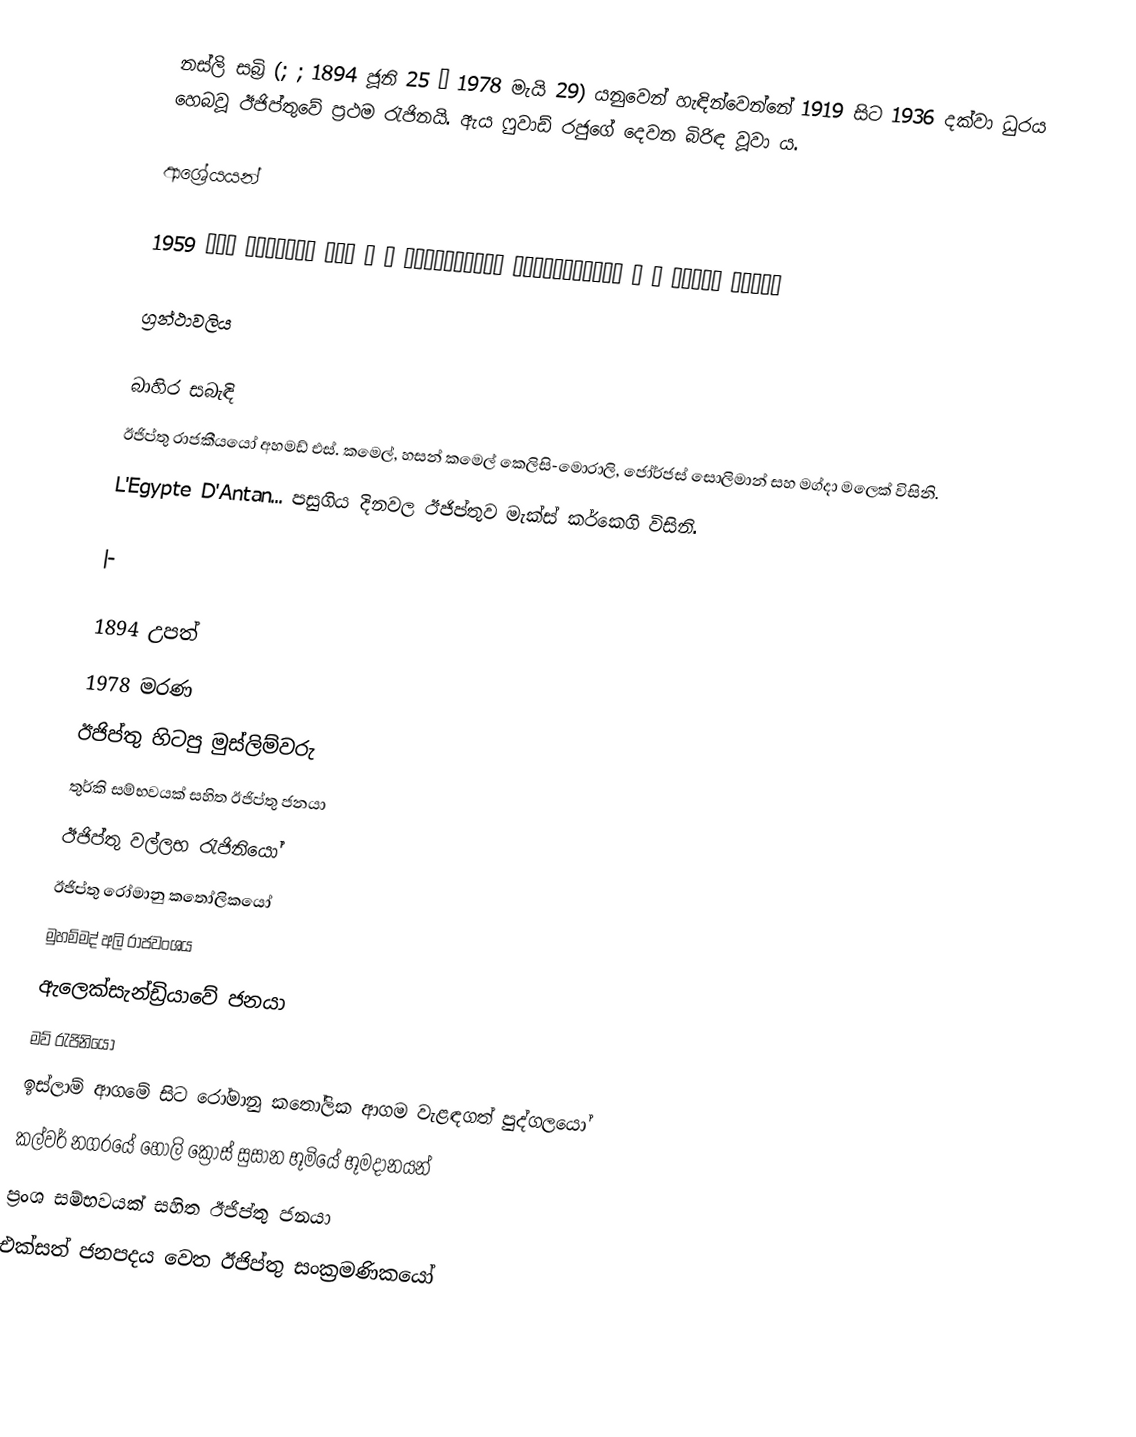
නස්ලි සබ්‍රි (; ; 1894 ජූනි 25 – 1978 මැයි 29) යනුවෙන් හැඳින්වෙන්නේ 1919 සිට 1936 දක්වා ධුරය හෙබවූ ඊජිප්තුවේ ප්‍රථම රැජිනයි. ඇය ෆුවාඩ් රජුගේ දෙවන බිරිඳ වූවා ය.

ආශ්‍රේයයන්

 عودة، تيسير ، « اَلمَملَكَة اَلمَصريَة » ، چاپ  دمنهور، سال 1959

ග්‍රන්ථාවලිය

බාහිර සබැඳි
ඊජිප්තු රාජකීයයෝ අහමඩ් එස්. කමෙල්, හසන් කමෙල් කෙලිසි-මොරාලි, ජෝර්ජස් සොලිමාන් සහ මග්දා මලෙක් විසිනි.
L'Egypte D'Antan... පසුගිය දිනවල ඊජිප්තුව මැක්ස් කර්කෙගි විසිනි.

|-

1894 උපත්
1978 මරණ
ඊජිප්තු හිටපු මුස්ලිම්වරු
තුර්කි සම්භවයක් සහිත ඊජිප්තු ජනයා
ඊජිප්තු වල්ලභ රැජිනියෝ
ඊජිප්තු රෝමානු කතෝලිකයෝ
මුහම්මද් අලි රාජවංශය
ඇලෙක්සැන්ඩ්‍රියාවේ ජනයා
මව් රැජිනියෝ
ඉස්ලාම් ආගමේ සිට රෝමානු කතෝලික ආගම වැළඳගත් පුද්ගලයෝ
කල්වර් නගරයේ හෝලි ක්‍රොස් සුසාන භූමියේ භූමදානයන්
ප්‍රංශ සම්භවයක් සහිත ඊජිප්තු ජනයා
එක්සත් ජනපදය වෙත ඊජිප්තු සංක්‍රමණිකයෝ